Vaccination in Bombay 1902-1912 - 1902-1912
Year: 1902
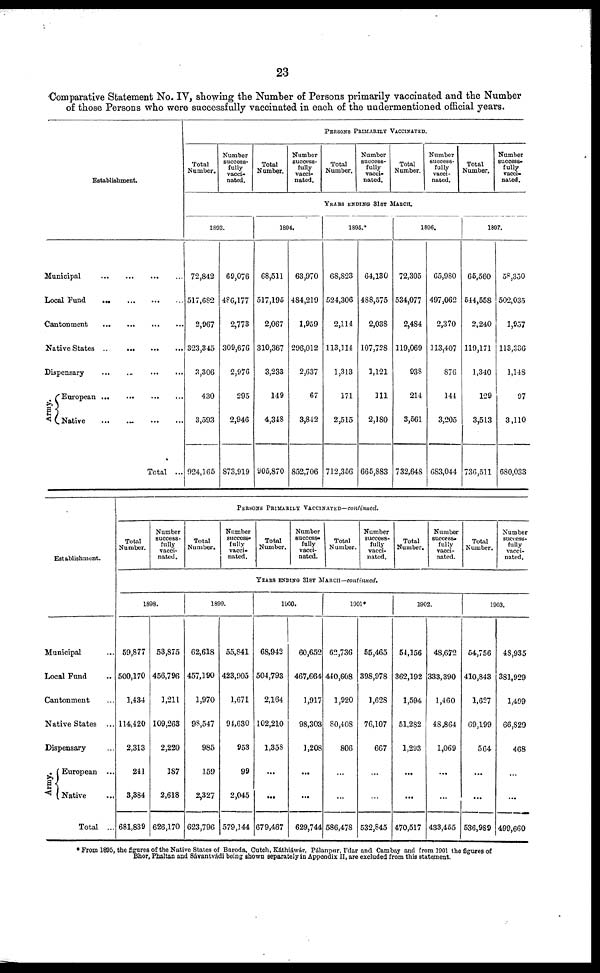
23
Comparative Statement No. IV, showing the Number of Persons primarily vaccinated and the Number
of those Persons who were successfully vaccinated in each of the undermentioned official years.
Establishment.
Municipal
...
...
...
...
Local Fund
...
...
...
...
Cantonment
...
...
...
...
Native States
...
...
...
...
Dispensary
...
...
...
...
Army.
European
...
...
...
Native
...
...
...
...
Total ...
PERSONS PRIMARILY VACCINATED.
Total
Number.
Number
success¬
fully
vacci-
nated.
Total
Number.
Number
success-
fully
vacci-
nated.
Total
Number.
Number
success-
fully
vacci-
nated.
Total
Number.
Number
success-
fully
vacci-
nated.
Total
Number.
Number
success-
fully
vacci-
nated.
YEARS ENDING 31ST MARCH.
1893.
72,842
517,682
2,967
323,345
3,306
430
3,593
924,165
69,076
486,177
2,773
309,676
2,976
295
2,946
873,919
1894.
68,511
517,195
2,067
310,367
3,233
149
4,348
905,870
63,970
484,219
1,959
296,012
2,637
67
3,842
852,706
1895.*
68,823
524,306
2,114
113,114
1,313
171
2,515
712,356
64,130
488,575
2,038
107,728
1,121
111
2,180
665,883
1896.
72,305
534,077
2,484
119,069
938
214
3,561
732,648
65,980
497,062
2,370
113,407
876
144
3,205
683,044
1897.
65,560
544,558
2,240
119,171
1,340
129
3,513
736,511
58,350
502,035
1,957
113,336
1,148
97
3,110
680,033
Establishment.
Municipal ...
Local Fund ...
Cantonment ...
Native States ...
Dispensary ...
Army.
European ...
Native ...
Total ...
PERSONS PRIMARILY VACCINATED—continued.
Total
Number.
Number
success-
fully
vacci-
nated.
Total
Number.
Number
success-
fully
vacci-
nated.
Total
Number.
Number
success-
fully
vacci-
nated.
Total
Number.
Number
success-
fully
vacci-
nated.
Total
Number.
Number
success-
fully
vacci-
nated.
Total
Number.
Number
success¬
fully
vacci¬
YEARS ENDING 31ST MARCH—continued.
1898.
59,877
500,170
1,434
114,420
2,313
241
3,384
681,839
53,875
456,796
1,211
109,263
2,220
187
2,618
626,170
1899.
62,618
457,190
1,970
98,547
985
159
2,327
623,796
55,841
423,905
1,671
94,630
953
99
2,045
579,144
1900.
68,942
504,793
2,164
102,210
1,358
...
...
679,467
60,652
467,664
1,917
98,303
1,208
...
...
629,744
1901*
62,736
440,608
1,920
80,408
806
...
...
586,478
55,465
398,978
1,628
76,107
667
...
...
532,845
1902.
54,156
362,192
1,594
51,282
1,293
...
...
470,517
48,672
333,390
1,460
48,864
1,069
...
...
433,455
1903.
54,756
410,843
1,627
69,199
564
...
...
536,989
48,935
381,929
1,499
66,829
468
...
...
499,660
* From 1895, the figures of the Native States of Baroda, Cutch, Kátháwár, Pálanpur, I'dar and Cambay and from 1901 the figures of
Bhor, Phaltan and Sávantvádi being shown separately in Appendix II, are excluded from this statement.